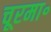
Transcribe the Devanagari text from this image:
चूरमा॰